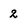
Character: 2